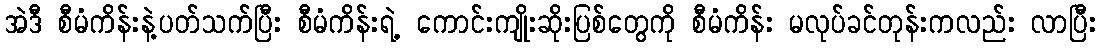
အဲဒီ စီမံကိန်းနဲ့ပတ်သက်ပြီး စီမံကိန်းရဲ့ ကောင်းကျိုးဆိုးပြစ်တွေကို စီမံကိန်း မလုပ်ခင်တုန်းကလည်း လာပြီး